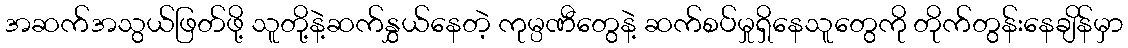
အဆက်အသွယ်ဖြတ်ဖို့ သူတို့နဲ့ဆက်နွှယ်နေတဲ့ ကုမ္ပဏီတွေနဲ့ ဆက်စပ်မှုရှိနေသူတွေကို တိုက်တွန်းနေချိန်မှာ